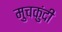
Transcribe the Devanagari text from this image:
मुचकुंदी